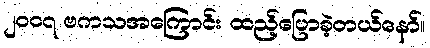
၂၀၀၇ ဗကသအကြောင်း ထည့်ပြောခဲ့တယ်နော်။